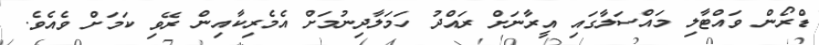
ޑްރޯން ވައްޓާލި މައްސަލާގައި އީރާނަށް ރައްދު ހަމަލާދިނުމަށް އެމެރިކާއިން ރޭވި ކަމަށް ވެއެވެ.